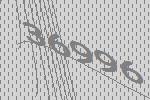
36996